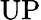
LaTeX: \mathrm{UP}